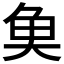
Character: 𩵋